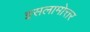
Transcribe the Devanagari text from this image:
इसलामोत्तर